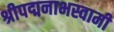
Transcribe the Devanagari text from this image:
श्रीपद्मनाभस्वामी